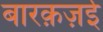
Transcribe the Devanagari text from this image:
बारक़ज़ई